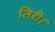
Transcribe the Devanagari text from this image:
तिरी।